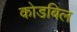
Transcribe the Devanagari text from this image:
कोडबिल